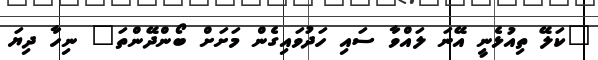
"ކަލޭ ތިއުޅެނީ އޭނަ ލައްވާ ސައި ހަދުވައިގެން މަށަށް ބޯންދޭންތަ" ނިހާ ދިޔަ